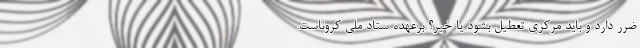
ضرر دارد و باید مرکزی تعطیل بشود یا خیر؟ برعهده ستاد ملی کروناست.